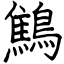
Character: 鷦